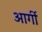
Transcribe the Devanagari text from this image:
आर्गी